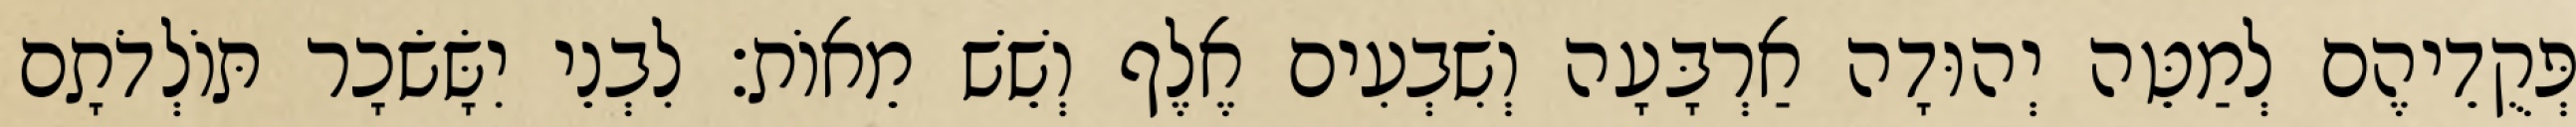
פְּקֻדֵיהֶם לְמַטֵּה יְהוּדָה אַרְבָּעָה וְשִׁבְעִים אֶלֶף וְשֵׁשׁ מֵאוֹת׃ לִבְנֵי יִשָּׂשׂכָר תּוֹלְדֹתָם